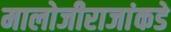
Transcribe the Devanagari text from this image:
मालोजीराजांकडे